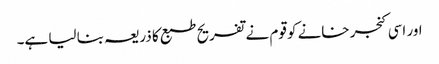
اور اسی کنجر خانے کو قوم نے تفریح طبع کا ذریعہ بنا لیا ہے۔